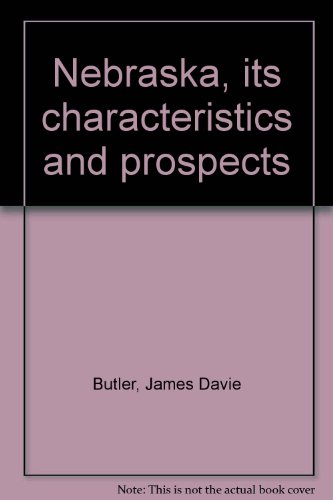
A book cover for Nebraska, its characteristics and prospects; James Davie Butler; Travel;